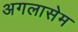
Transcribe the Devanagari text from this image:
अगलासेम